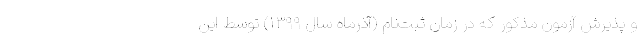
و پذیرش آزمون مذکور که در زمان ثبت‌نام (آذرماه سال ۱۳۹۹) توسط این